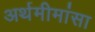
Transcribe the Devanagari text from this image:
अर्थमीमांसा